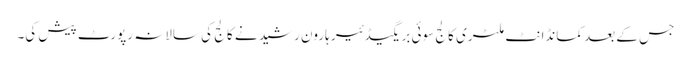
جس کے بعد کمانڈانٹ ملٹری کالج سوئی بریگیڈئیر ہارون رشید نے کالج کی سالانہ رپورٹ پیش کی۔